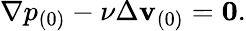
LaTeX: \nabla p_{(0)}-\nu\Delta\mathbf{v}_{(0)}=\mathbf{0}.